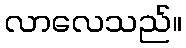
လာလေသည်။